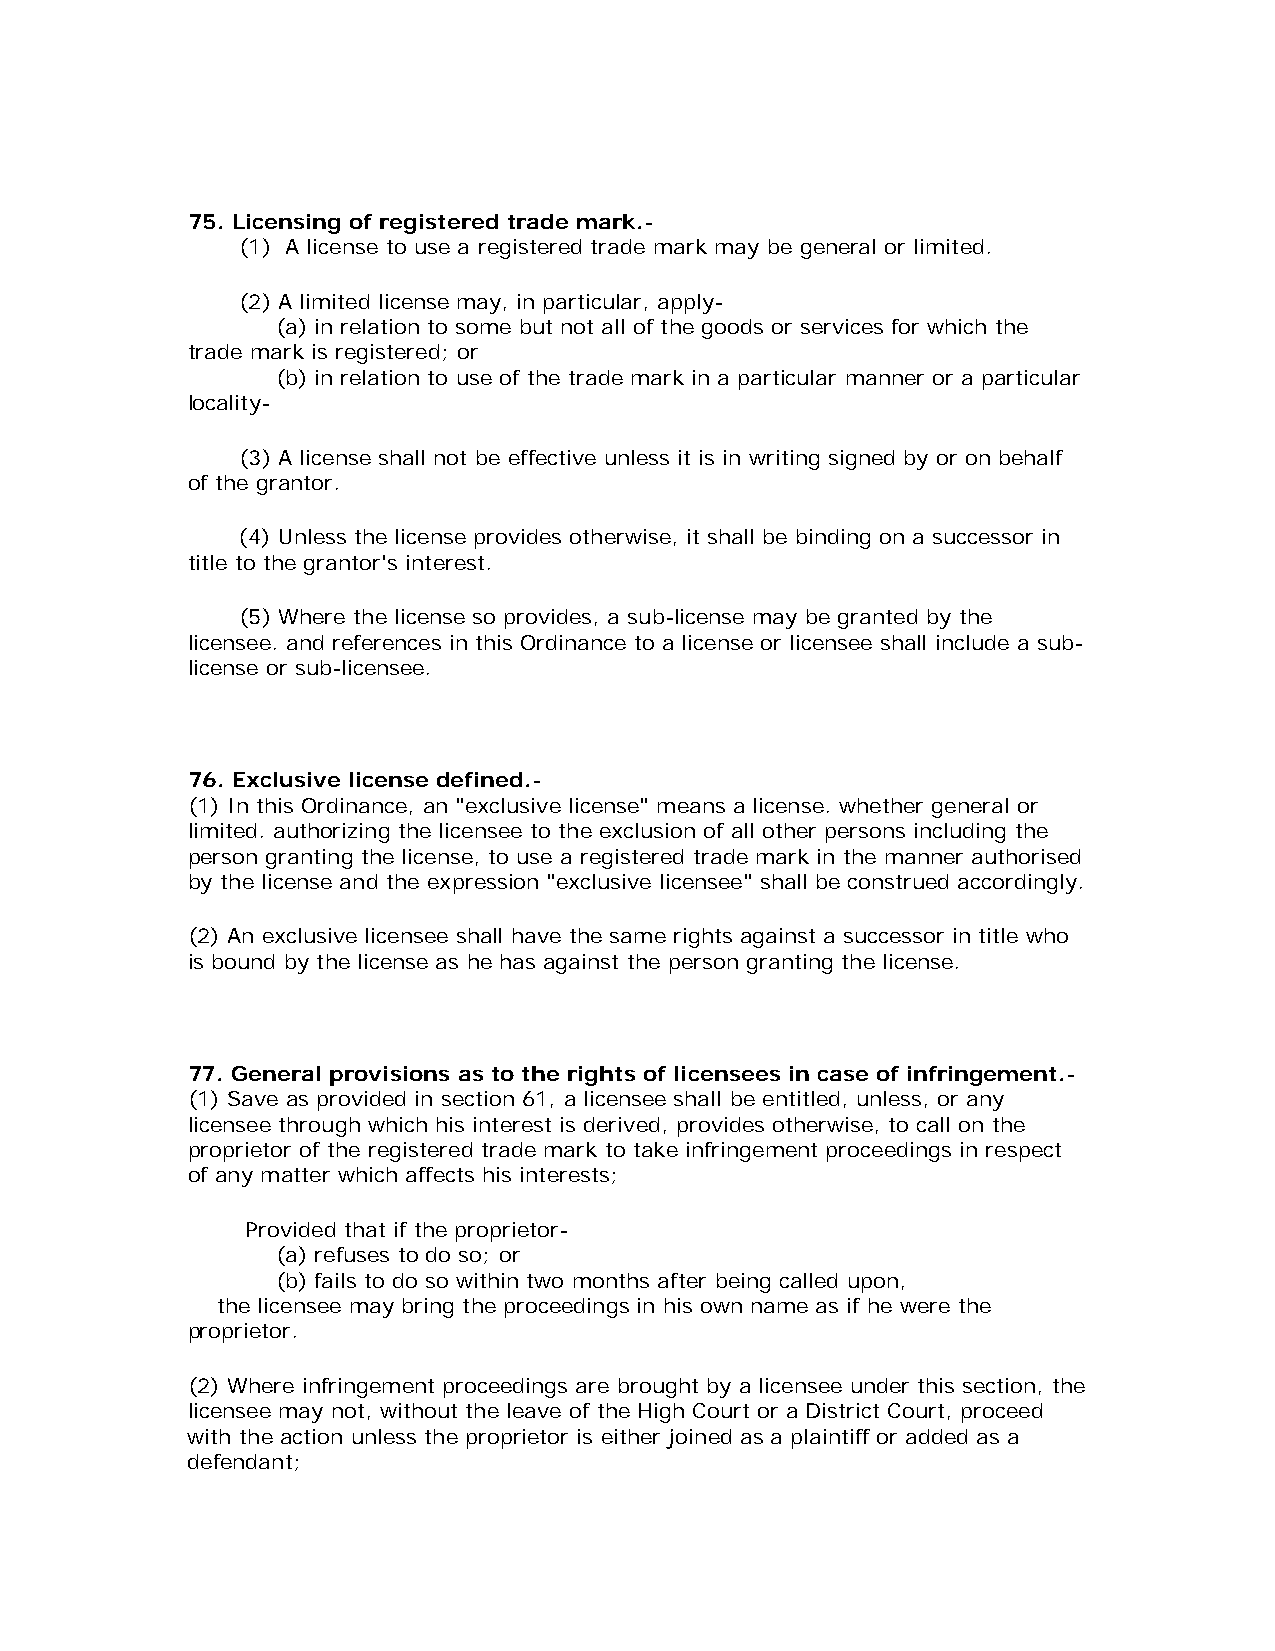
75. Licensing of registered trade mark.-
 (1) A license to use a registered trade mark may be general or limited.
 (2) A limited license may, in particular, apply-
 (a) in relation to some but not all of the goods or services for which the
 trade mark is registered; or
 (b) in relation to use of the trade mark in a particular manner or a particular
 locality-
 (3) A license shall not be effective unless it is in writing signed by or on behalf
 of the grantor.
 (4) Unless the license provides otherwise, it shall be binding on a successor in
 title to the grantor's interest.
 (5) Where the license so provides, a sub-license may be granted by the
 licensee. and references in this Ordinance to a license or licensee shall include a sub-
 license or sub-licensee.
 76. Exclusive license defined.-
 (1) In this Ordinance, an "exclusive license" means a license. whether general or
 limited. authorizing the licensee to the exclusion of all other persons including the
 person granting the license, to use a registered trade mark in the manner authorised
 by the license and the expression "exclusive licensee" shall be construed accordingly.
 (2) An exclusive licensee shall have the same rights against a successor in title who
 is bound by the license as he has against the person granting the license.
 77. General provisions as to the rights of licensees in case of infringement.-
 (1) Save as provided in section 61, a licensee shall be entitled, unless, or any
 licensee through which his interest is derived, provides otherwise, to call on the
 proprietor of the registered trade mark to take infringement proceedings in respect
 of any matter which affects his interests;
 Provided that if the proprietor-
 (a) refuses to do so; or
 (b) fails to do so within two months after being called upon,
 the licensee may bring the proceedings in his own name as if he were the
 proprietor.
 (2) Where infringement proceedings are brought by a licensee under this section, the
 licensee may not, without the leave of the High Court or a District Court, proceed
 with the action unless the proprietor is either joined as a plaintiff or added as a
 defendant;